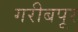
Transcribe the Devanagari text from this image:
गरीबपूर